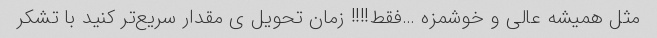
مثل همیشه عالی و خوشمزه …فقط!!!! زمان تحویل ی مقدار سریع‌تر کنید با تشکر